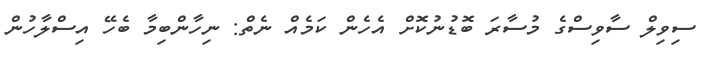
ސިވިލް ސާވިސްގެ މުސާރަ ބޮޑުނުކޮށް އެހެން ކަމެއް ނެތް: ނިހާންބިމާ ބެހޭ އިސްލާހުން